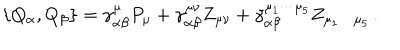
LaTeX: \left\{ Q _ { \alpha } , Q _ { \beta } \right\} = \gamma _ { \alpha \beta } ^ { \mu } P _ { \mu } + \gamma _ { \alpha \beta } ^ { \mu \nu } Z _ { \mu \nu } + \gamma _ { \alpha \beta } ^ { \mu _ { 1 } \cdots \mu _ { 5 } } Z _ { \mu _ { 1 } \cdots \mu _ { 5 } } \, .